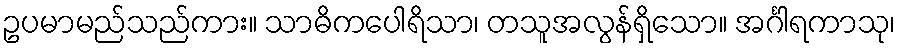
ဥပမာမည်သည်ကား။ သာဓိကပေါရိသာ၊ တသူအလွန်ရှိသော။ အင်္ဂါရကာသု၊